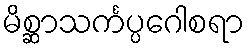
မိစ္ဆာသင်္ကပ္ပဂေါစရာ